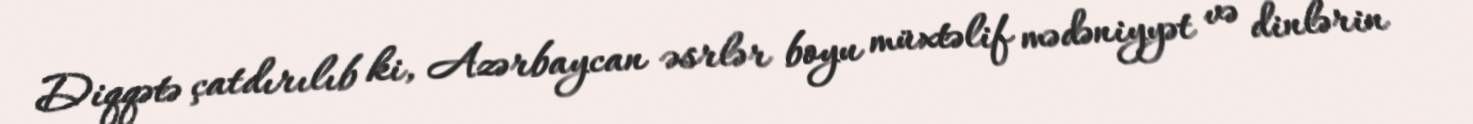
Diqqətə çatdırılıb ki, Azərbaycan əsrlər boyu müxtəlif mədəniyyət və dinlərin